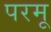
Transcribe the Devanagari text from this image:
परमू